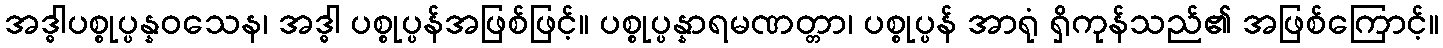
အဒ္ဓါပစ္စုပ္ပန္နဝသေန၊ အဒ္ဓါ ပစ္စုပ္ပန်အဖြစ်ဖြင့်။ ပစ္စုပ္ပန္နာရမဏတ္တာ၊ ပစ္စုပ္ပန် အာရုံ ရှိကုန်သည်၏ အဖြစ်ကြောင့်။